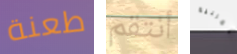
طعنة أنتقم المربية